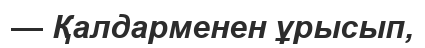
— Қалдарменен ұрысып,